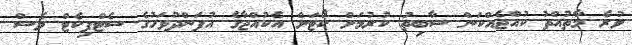
ވުރެ މާތުއްތު ކުއްޖެއްކަން ސާބިތު ކުރުމަށް ކޯޓަށް އެކުއްޖާގެ އުފަންދުވަހުގެ ސެޓްފިކެޓް ވެސް